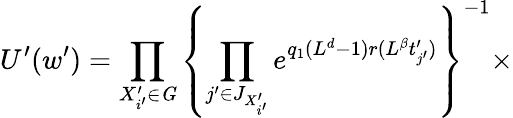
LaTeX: U^{\prime}(w^{\prime})=\prod_{X_{i^{\prime}}^{\prime}\in{\mathit G}}\left\{ \prod_{j^{\prime}\in J_{X_{i^{\prime}}^{\prime}}}e^{q_{1}(L^{d}-1)r(L^{\beta}t_{j^{\prime}}^{\prime})}\right\} ^{-1}\times